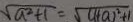
\sqrt { a ^ { 2 } + 1 } = \sqrt { ( 1 + a ) ^ { 2 } + 1 }